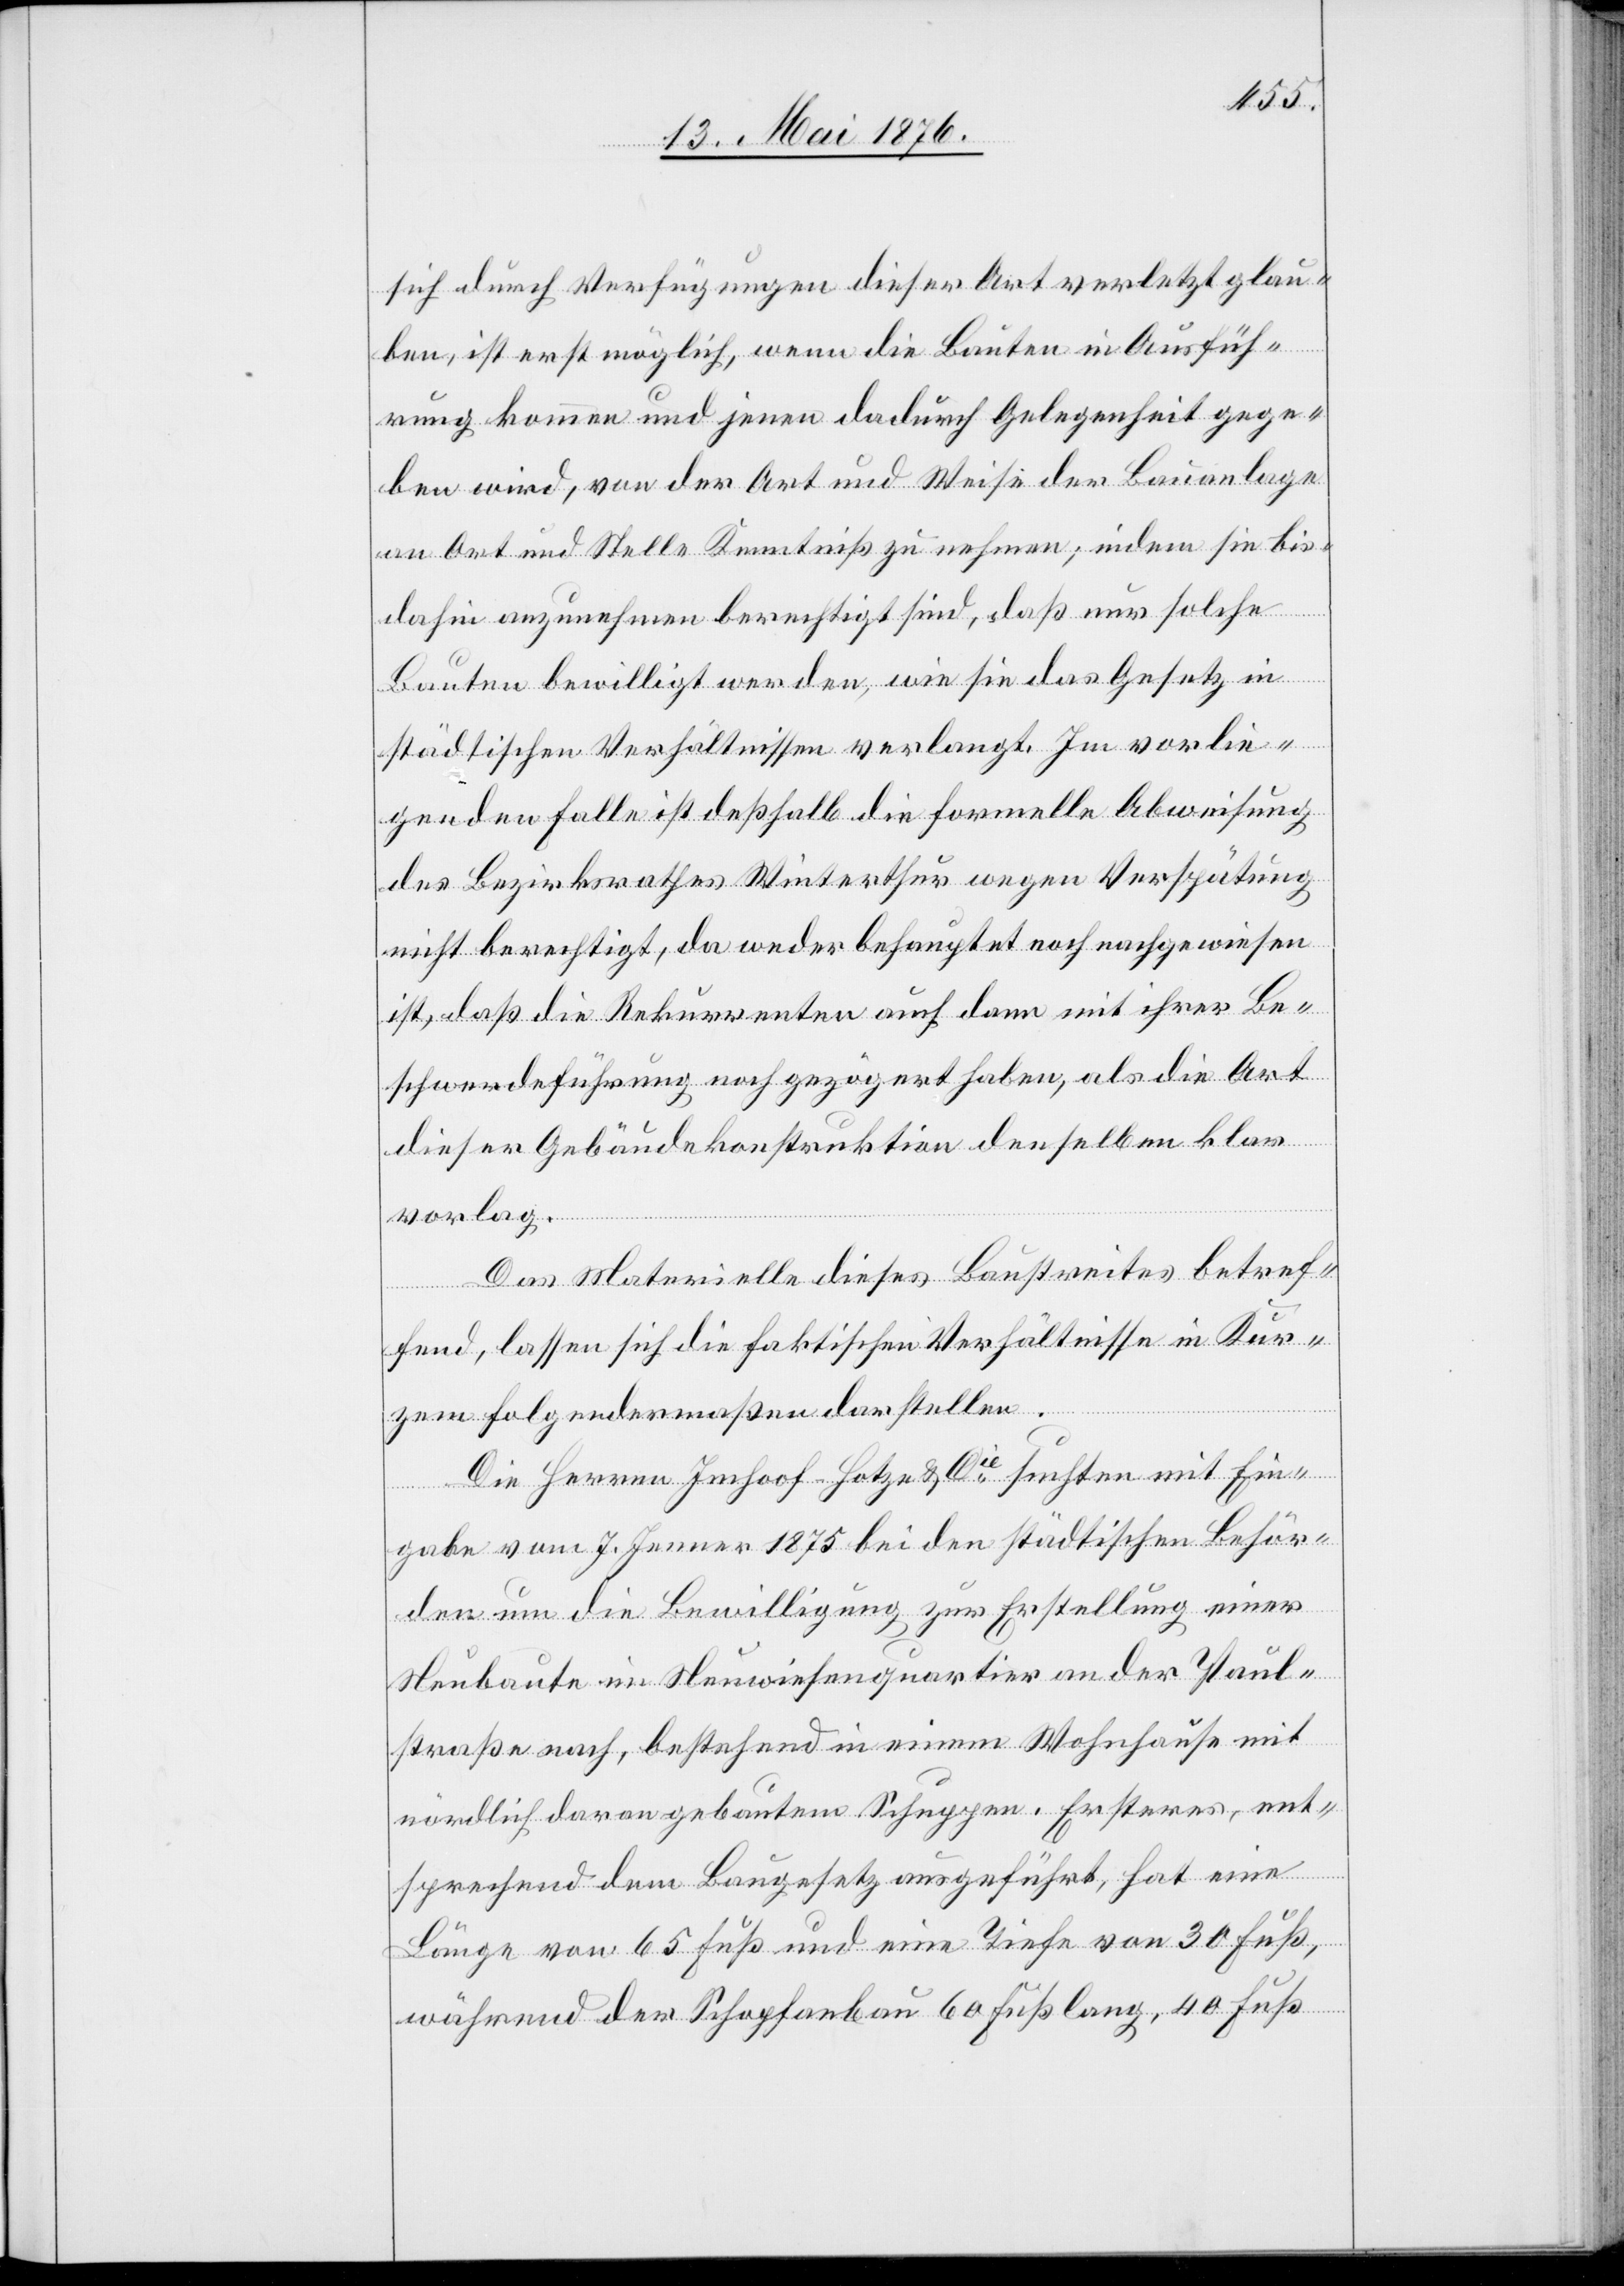
sich durch Verfügungen dieser Art verletzt glau¬
ben, ist erst möglich, wenn die Bauten in Ausfüh¬
rung kommen und jenen dadurch Gelegenheit gege¬
ben wird, von der Art und Weise der Bauanlage
an Ort und Stelle Kenntniß zu nehmen; indem sie bis
dahin anzunehmen berechtigt sind, daß nur solche
Bauten bewilligt werden, wie sie das Gesetz in
städtischen Verhältnissen verlangt. Im vorlie¬
genden Falle ist deßhalb die formelle Abweisung
des Bezirksrathes Winterthur wegen Verspätung
nicht berechtigt, da weder behauptet noch nachgewiesen
ist, daß die Rekurrenten auch dann mit ihrer Be¬
schwerdeführung noch gezögert haben, als die Art
dieser Gebäudekonstruktion denselben klar
vorlag.
Das Materielle dieses Baustreites betref¬
fend, lassen sich die faktischen Verhältnisse in Kur¬
zem folgendermaßen darstellen.
Die Herren Imhoof-Hotze [sic!] & Cie suchten mit Ein¬
gabe vom 7. Jenner 1875 bei den städtischen Behör¬
den um die Bewilligung zur Erstellung einer
Neubaute im Neuwiesenquartier an der Paul¬
straße nach, bestehend in einem Wohnhause mit
nördlich davon gebautem Schuppen. Ersteres, ent¬
sprechend dem Baugesetz ausgeführt, hat eine
Länge von 65 Fuß und eine Tiefe von 30 Fuß,
während der Schopfanbau 60 Fuß lang, 40 Fuß